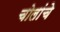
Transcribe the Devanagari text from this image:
चोलांचे